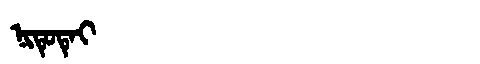
Manchu: ᠨᡳᡨᡠᡨᡝᡳ
Romanization: NITUTEI